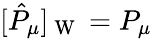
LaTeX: [\hat{P}_{\mu}]_{\mathrm{~W~}}=P_{\mu}